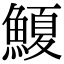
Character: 𮬆